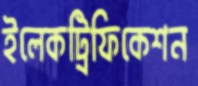
ইলেকট্রিফিকেশন